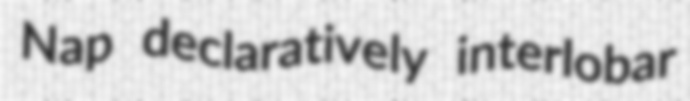
Nap declaratively interlobar